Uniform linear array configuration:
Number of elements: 48
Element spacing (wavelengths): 1
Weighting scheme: cosine
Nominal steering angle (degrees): -45
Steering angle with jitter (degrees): -46.403
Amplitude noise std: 0.05
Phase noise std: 0.05

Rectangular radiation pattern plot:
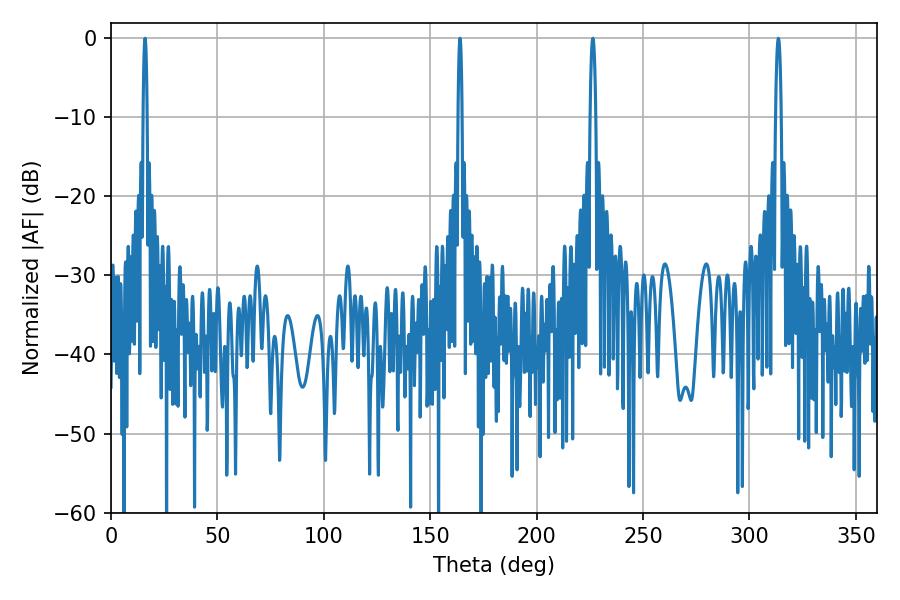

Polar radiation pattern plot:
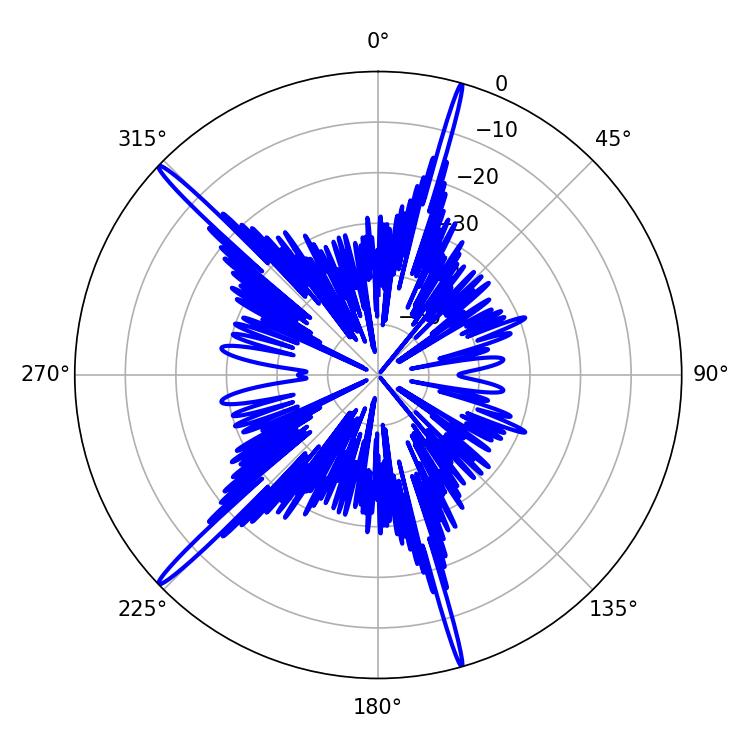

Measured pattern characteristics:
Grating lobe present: TRUE
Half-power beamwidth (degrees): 1.08
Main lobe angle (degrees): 16.02